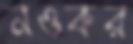
নওকর